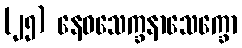
(၂၅) နေဝသေက္ခနာသေက္ခော